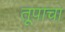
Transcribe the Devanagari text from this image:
तूपाचा